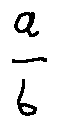
\frac { a } { b }